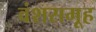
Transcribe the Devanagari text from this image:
वंशसमूह